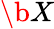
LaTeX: \b X